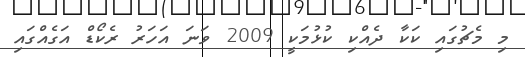
މި މެޗުގައި ކަކާ ދެއްކި ކުޅުމަކީ 2009 ވަނަ އަހަރު ރެކޯޑް އަގެއްގައި